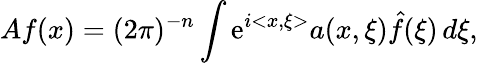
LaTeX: Af(x)=(2\pi)^{-n}\int\mathrm{e}^{i<x,\xi>}a(x,\xi)\hat{{f}}(\xi)\, d\xi,